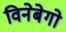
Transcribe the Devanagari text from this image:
विनेबेगो